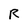
Character: R